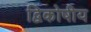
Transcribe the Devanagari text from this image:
द्विकोषीय